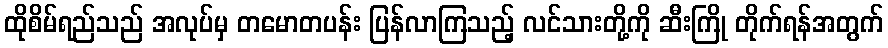
ထိုစိမ်ရည်သည် အလုပ်မှ တမောတပန်း ပြန်လာကြသည့် လင်သားတို့ကို ဆီးကြို တိုက်ရန်အတွက်